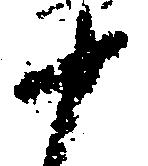
十